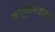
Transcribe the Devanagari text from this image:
कंप्यूटराइज्ड